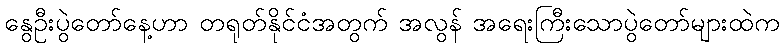
နွေဦးပွဲတော်နေ့ဟာ တရုတ်နိုင်ငံအတွက် အလွန် အရေးကြီးသောပွဲတော်များထဲက